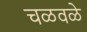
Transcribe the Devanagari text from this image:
चळवळे